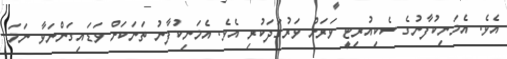
އެވެ. އެމަނިކުފާނުގެ ސެކިއުރިޓީ ވަރަށް ވަރުގަދަކުރި އެވެ. އެމަނިކުފާނު ތަނަކަށް ވަޑައިގަންނަވާ ނަމަ